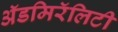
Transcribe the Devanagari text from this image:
ॲडमिरॅलिटी